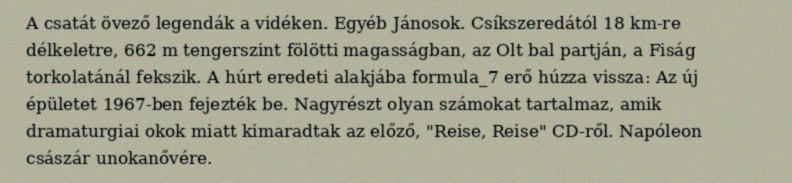
A csatát övező legendák a vidéken. Egyéb Jánosok. Csíkszeredától 18 km-re délkeletre, 662 m tengerszint fölötti magasságban, az Olt bal partján, a Fiság torkolatánál fekszik. A húrt eredeti alakjába formula_7 erő húzza vissza: Az új épületet 1967-ben fejezték be. Nagyrészt olyan számokat tartalmaz, amik dramaturgiai okok miatt kimaradtak az előző, "Reise, Reise" CD-ről. Napóleon császár unokanővére.